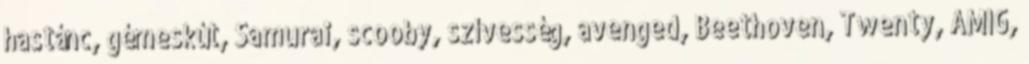
hastánc, gémeskút, Samurai, scooby, szívesség, avenged, Beethoven, Twenty, AMIG,